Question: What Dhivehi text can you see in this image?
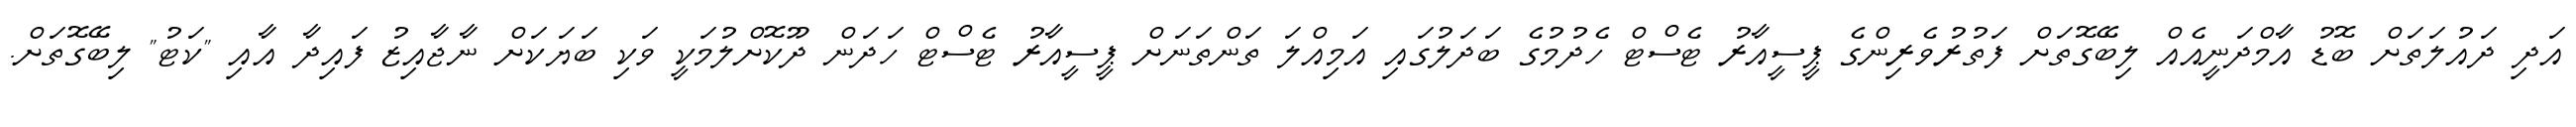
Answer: އަދި ދައުލަތަށް ބޮޑު އާމްދަނީއެއް ލިބޭގޮތަށް ފަތުރުވެރިންގެ ޕީސީއާރު ޓެސްޓް ހެދުމުގެ ބަދަލުގައި އަމިއްލަ ތަންތަނަށް ޕީސީއާރު ޓެސްޓް ހަދަން ދޫކޮށްލުމަކީ ވަކި ބަޔަކަށް ނާޖާއިޒު ފައިދާ އާއި "ކަޓު" ލިބޭގޮތަށް.